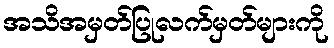
အသိအမှတ်ပြုလက်မှတ်များကို